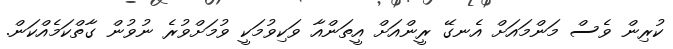
ކުރިން ވެސް މަންމައަށް އެނގޭ ރީންއަށް އީތަންއާ ވަކިވުމަކީ ވުމަށްވުރެ ނުވުން ގާތްކަމެއްކަން.